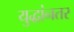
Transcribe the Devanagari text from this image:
युद्धांनतर